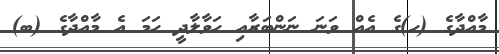
މާއްދާގެ (ހ)ގެ އެއް ވަނަ ނަންބަރާއި ހަވާލާދީ ހަމަ އެ މާއްދާގެ (ބ)